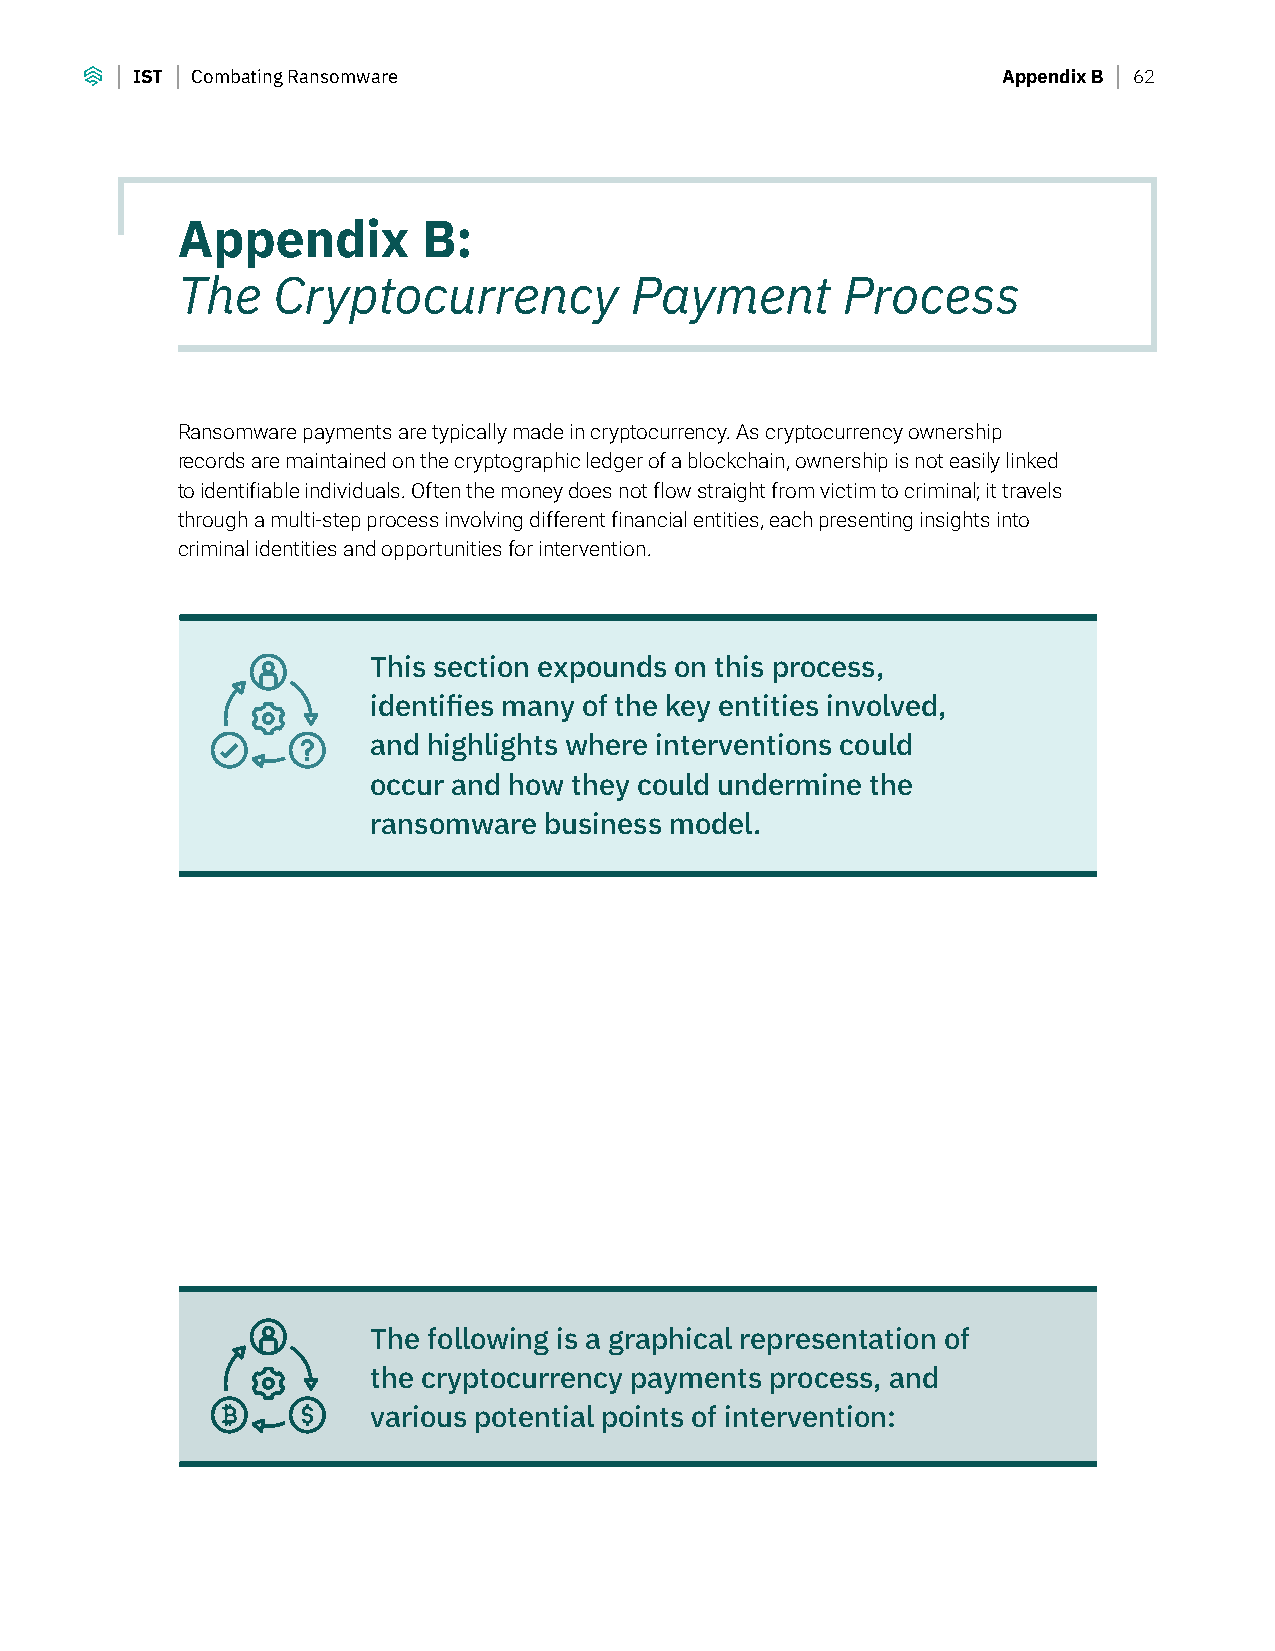
IST Combating Ransomware                                 Appendix B 62
 Appendix        B:
 The   Cryptocurrency          Payment       Process
 Ransomware payments are typically made in cryptocurrency. As cryptocurrency ownership
 records are maintained on the cryptographic ledger of a blockchain, ownership is not easily linked
 to identifiable individuals. Often the money does not flow straight from victim to criminal; it travels
 through a multi-step process involving different financial entities, each presenting insights into
 criminal identities and opportunities for intervention.
 This section expounds on this process,
 identifies many of the key entities involved,
 and highlights where interventions could
 occur and how they could undermine the
 ransomware business model.
 The following is a graphical representation of
 the cryptocurrency payments process, and
 various potential points of intervention: